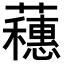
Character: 𬟘